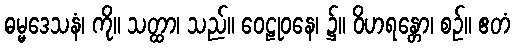
ဓမ္မဒေသနံ၊ ကို။ သတ္ထာ၊ သည်။ ဝေဠုဝနေ၊ ၌။ ဝိဟရန္တော၊ စဉ်။ ဧတံ